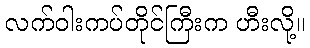
လက်ဝါးကပ်တိုင်ကြီးက ဟီးလို့။